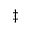
^ \ddagger